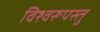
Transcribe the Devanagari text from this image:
विश्वरूपस्तु